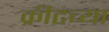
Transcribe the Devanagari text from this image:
क्रीटच्या